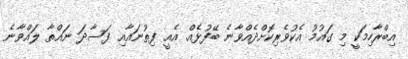
އިބްރާހިމަކީ މި ގައުމު އެކުވެރިކޮށްދެއްވާނެ ބޭފުޅެއް. އެއީ ފިތުނައާއި ފަސާދަ ނައްތާ ލައްވާނެ